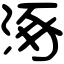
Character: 涿